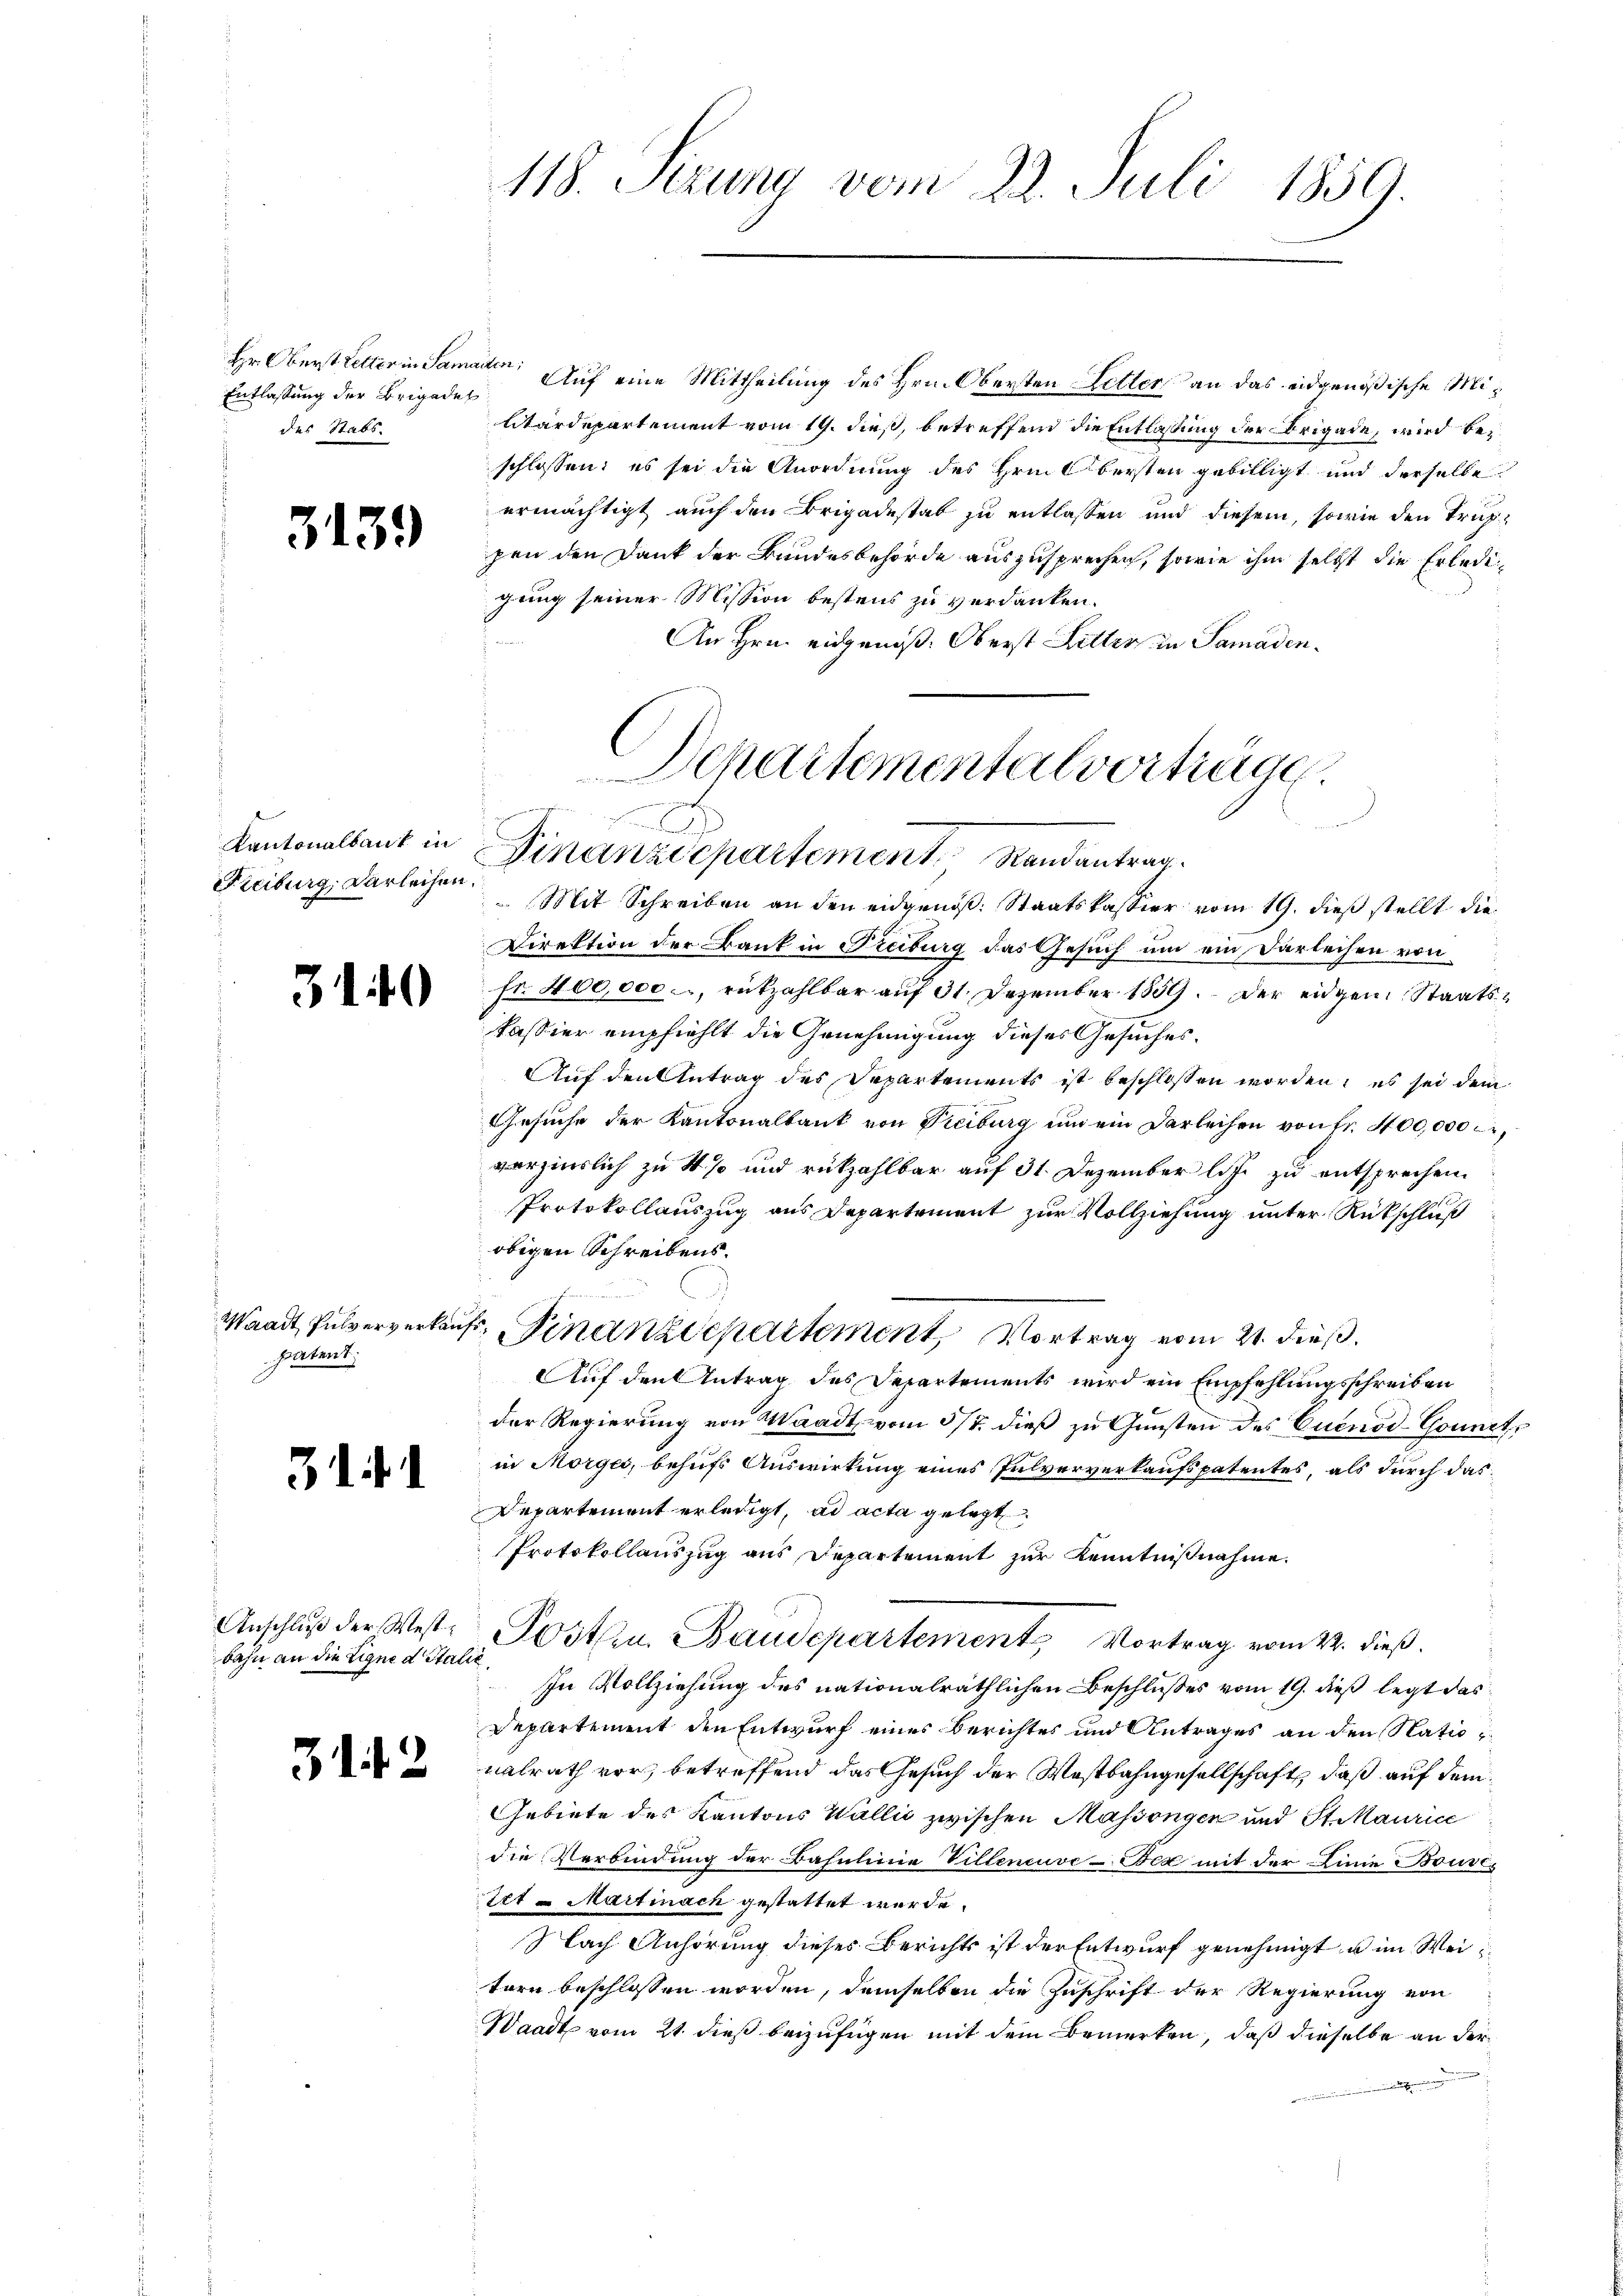
Entlassung der Brigadet
des Stabs

313.

Kantonalbank in
Freiburg, Darleihen.

310

Waadt Pulververkauf
patent

31.

Anschluß der Westbahn an die Eigne d Italić,

31. 42

118. Serung vom 22. Juli 1859.

Hr. Oberst Letter in Samanten; Auf eine Mittheilung des Hrn. Obersten Letter an das eidgenößische Militärdepartement vom 19. dieß, betreffend die Entlassung der Brigade, wird beschlossen; es sei die Anordnung des Hrn Obersten gebilligt und derselbe
ermächtigt auch den Brigadestab zu entlassen und diesem, sowie den Truppen den Dank der Bundesbehörde auszusprechen, sowie ihm selbst die Erledigung seiner Mission bestens zu verdanken.
An Hrn. eidgenöß. Oberst Litten in Samaden¬
 Mit Schreiben an den eidgenöß: Staatskassier vom 19. dieß stellt die
Direktion der Bank in Freiburg das Gesuch um ein Darleihen von
fr. 400,000., rückzahlbar auf 31. Dezember 1859. Der eidgen. Staatskassier empfiehlt die Genehmigung dieses Gesuches.
Auf den Antrag des Departements ist beschlossen worden, es sei dem
Gesuche der Kantonalbank von Freiburg ŭm ein Darleihen von fr. 400,000 c.,
verzinslich zu 4% und rückzahlbar auf 31. Dezember liche zu entsprechen.
Protokollauszug aus Departement zur Vollziehung unter Rückschluß
obigen Schreibens.
r. Finanzdepartement, Vortrag vom 21. dieß.
Auf den Antrag des Departements wird ein Empfehlungsschreiben
der Regierung von Waadt vom 5/7. dieß zu Gunsten des Cuenod-Gounetin Morges, behufs Auswirkung eines Pulververkaufspatentes, als durch das¬
Departement erledigt, ad acta gelegt
Protokollauszug aus Departement zur Kenntnißnahme.
Postern. Baudepartement Vortrag vom 22. dieß.
In Vollziehung des nationalräthlichen Beschlußes vom 19. dieß legt das
Departement den Entwurf eines Berichtes und Antrages an den Natio
nalrath vor, betreffend das Gesuch der Westbahngesellschaft, daß auf dem
Gebiete des Kantons Wallić zwischen Massöngen und St. Maurice
die Verbindung der Bahnlinie Villeneuve-Bex mit der Linie Bouvitt Martinach gestattet werde.
Nach Anhörung dieses Berichts ist der Entwurf genehmigt u im Weitorn beschlossen worden, demselben die Zuschrift der Regierung von
Waadt vom 21. dieß beizufügen mit dem Bemerken, daß dieselbe an der

Departementalverträge.
.
Finanzdepartement Randantrag.